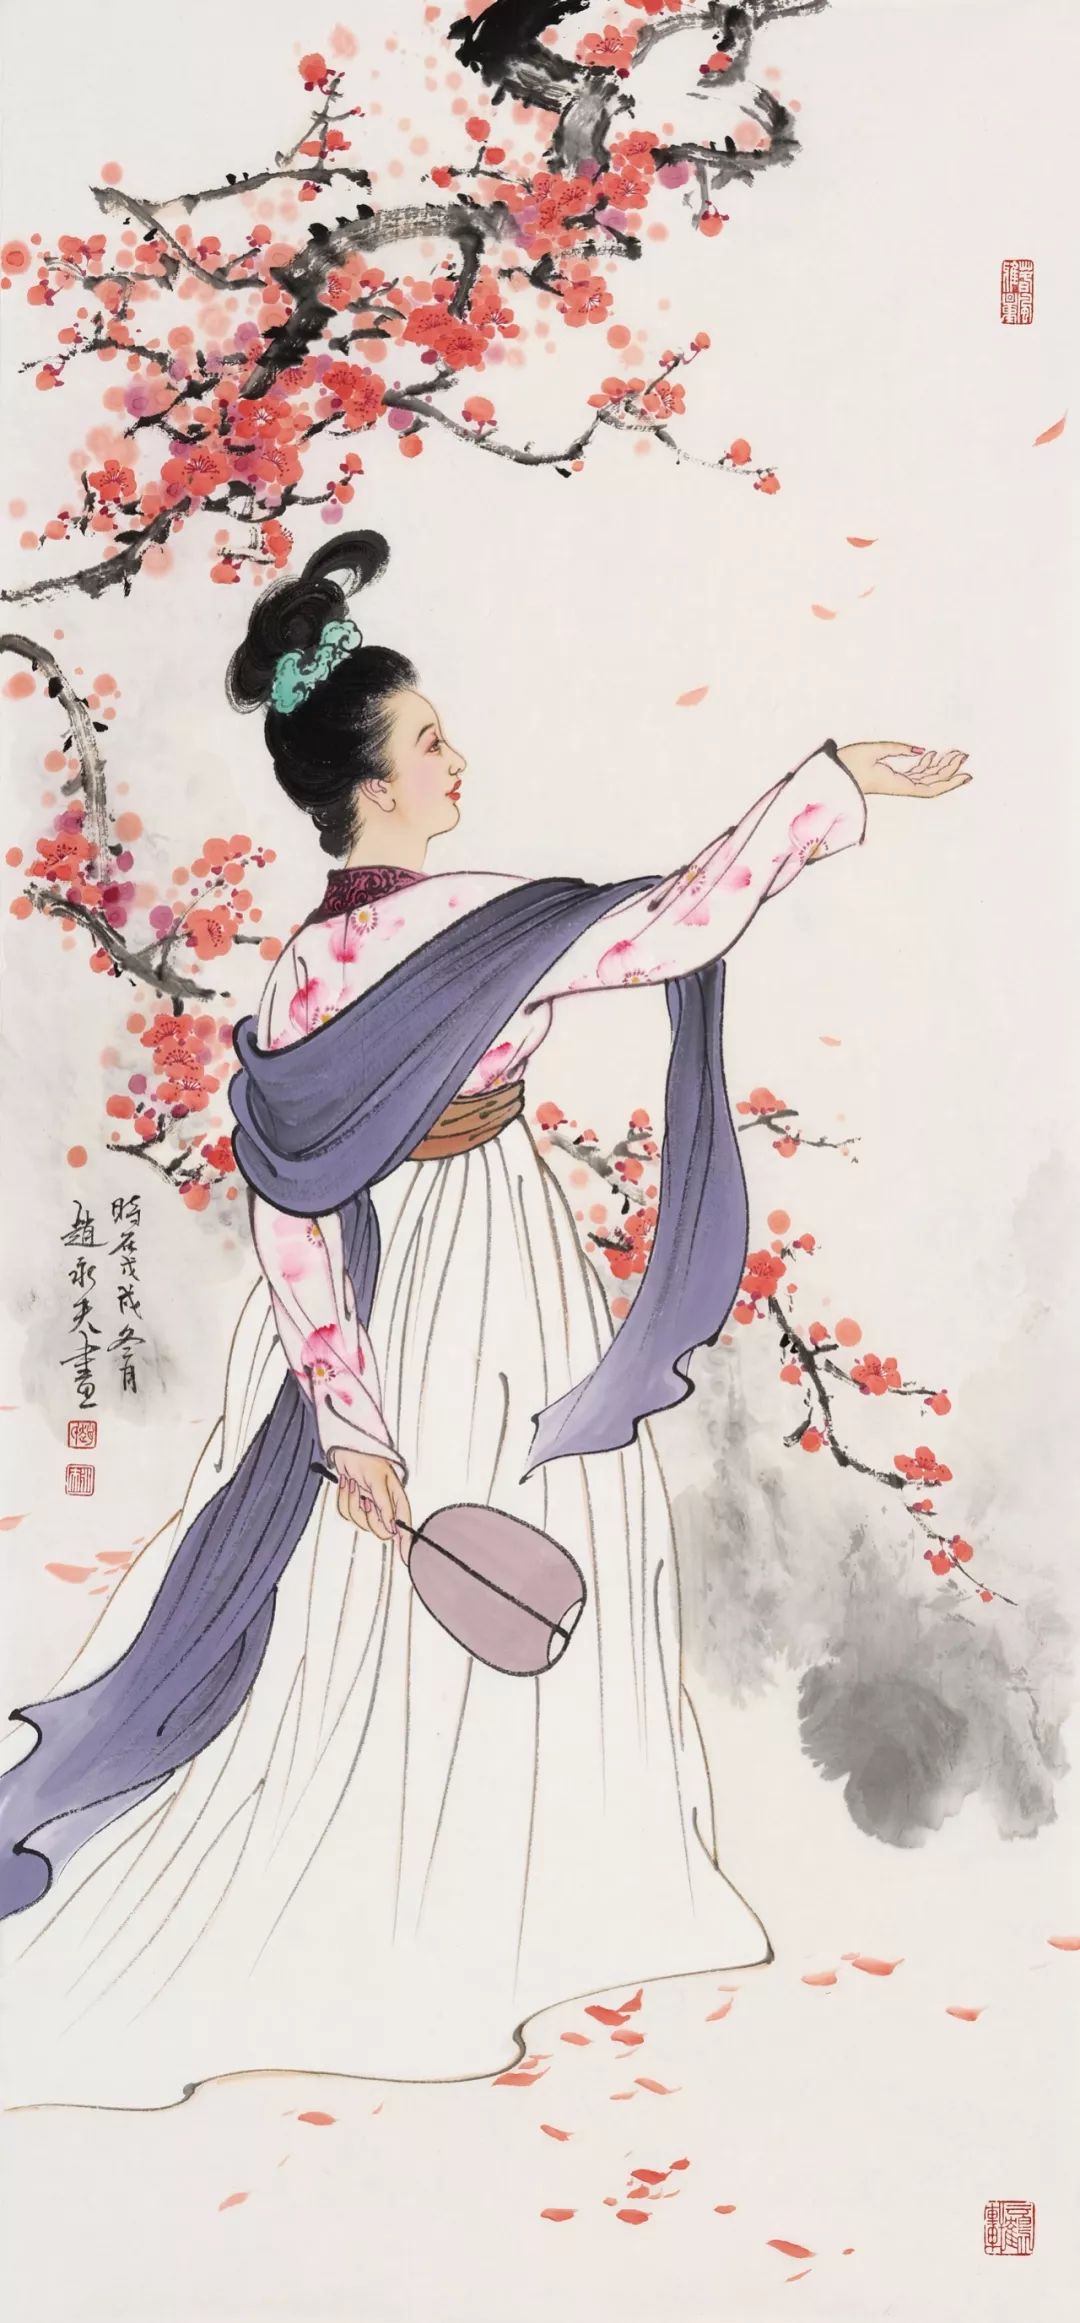
绝代有佳人，幽居在空谷。